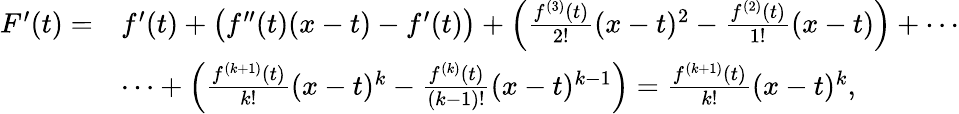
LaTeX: {\begin{array}{rl}{F^{\prime}(t)=}&{f^{\prime}(t)+{\big(}f^{\prime\prime}(t)(x-t)-f^{\prime}(t){\big)}+\left({\frac{f^{(3)}(t)}{2!}}(x-t)^{2}-{\frac{f^{(2)}(t)}{1!}}(x-t)\right)+\cdots}\\ &{\cdots+\left({\frac{f^{(k+1)}(t)}{k!}}(x-t)^{k}-{\frac{f^{(k)}(t)}{(k-1)!}}(x-t)^{k-1}\right)={\frac{f^{(k+1)}(t)}{k!}}(x-t)^{k},}\end{array}}